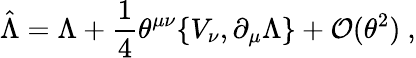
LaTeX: \hat{\Lambda}=\Lambda+\frac{1}{4}\theta^{\mu\nu}\{ V_{\nu},\partial_{\mu}\Lambda\} +{\cal O}(\theta^{2})~,